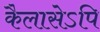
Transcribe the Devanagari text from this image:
कैलासेऽपि